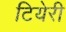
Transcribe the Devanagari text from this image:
टियेरी